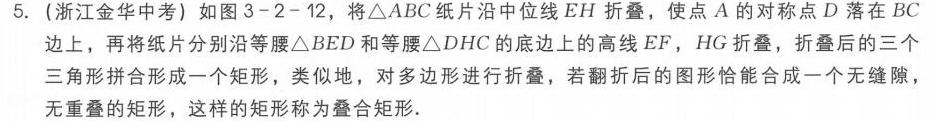
5. (浙江金华中考) 如图3 - 2 - 12，将\(\triangle ABC\)纸片沿中位线\(EH\)折叠，使点\(A\)的对称点\(D\)落在\(BC\)
边上，再将纸片分别沿等腰\(\triangle BED\)和等腰\(\triangle DHC\)的底边上的高线\(EF\)，\(HG\)折叠，折叠后的三个
三角形拼合形成一个矩形，类似地，对多边形进行折叠，若翻折后的图形恰能合成一个无缝隙
无重叠的矩形，这样的矩形称为叠合矩形.